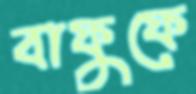
বাফুফে